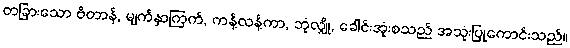
တခြားသော ဗိတာန်, မျက်နှာကြက်, ကန့်လန့်ကာ, ဘုံလျှို, ခေါင်းအုံးစသည် အသုံးပြုကောင်းသည်။